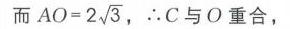
而\(AO = 2\sqrt{3}\)，\(\therefore C\)与\(O\)重合，